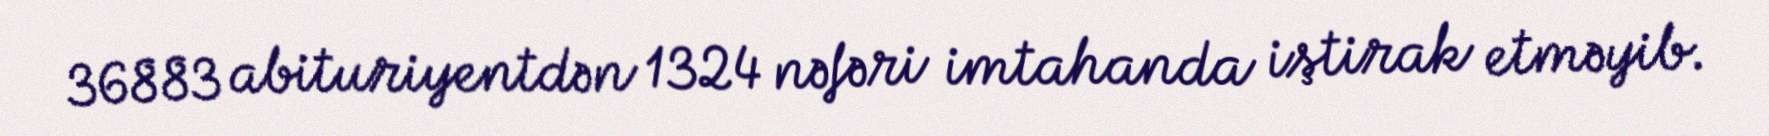
36883 abituriyentdən 1324 nəfəri imtahanda iştirak etməyib.